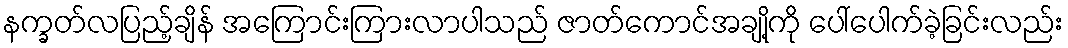
နက္ခတ်လပြည့်ချိန် အကြောင်းကြားလာပါသည် ဇာတ်ကောင်အချို့ကို ပေါ်ပေါက်ခဲ့ခြင်းလည်း